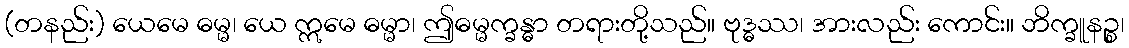
(တနည်း) ယေမေ ဓမ္မ၊ ယေ ဣမေ ဓမ္မာ၊ ဤဓမ္မက္ခန္ဓာ တရားတို့သည်။ ဗုဒ္ဓဿ၊ အားလည်း ကောင်း။ ဘိက္ခူနဉ္စ၊